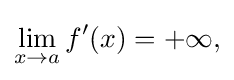
\lim _{x\to a}f'(x)={+\infty }{\text{,}}